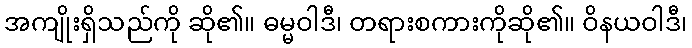
အကျိုးရှိသည်ကို ဆို၏။ ဓမ္မဝါဒီ၊ တရားစကားကိုဆို၏။ ဝိနယဝါဒီ၊